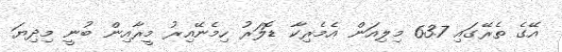
އޭގެ ތެރޭގައި 63.7 މިލިއަން އެމެރިކާ ޑޮލަރު ހިމެނޭއިރު މީރާއިން ބުނީ މިދިޔަ